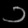
Digit: ၁